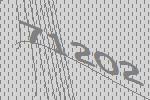
71202